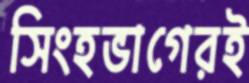
সিংহভাগেরই